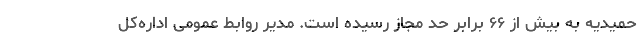
حمیدیه به بیش از ۶۶ برابر حد مجاز رسیده است. مدیر روابط عمومی اداره‌کل